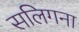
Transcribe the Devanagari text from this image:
सलिगना